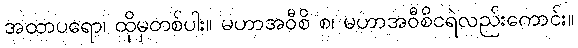
အထာပရော၊ ထိုမှတစ်ပါး။ မဟာအဝီစိ စ၊ မဟာအဝီစိငရဲလည်းကောင်း။